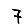
Digit: 7